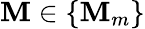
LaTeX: \mathbf{M}\in\{ \mathbf{M}_{m}\}